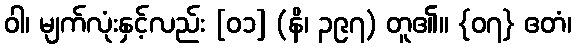
ဝါ၊ မျက်လုံးနှင့်လည်း [၀၁] (နိ၊ ၃၉၇) တူ၏။ {၀၇} ဧတံ၊